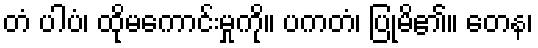
တံ ပါပံ၊ ထိုမကောင်းမှုကို။ ပကတံ၊ ပြုမိ၏။ တေန၊